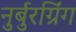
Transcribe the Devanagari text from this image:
नुर्बुरग्रिंग